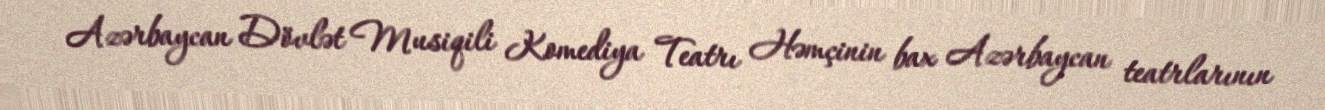
Azərbaycan Dövlət Musiqili Komediya Teatrı Həmçinin bax Azərbaycan teatrlarının